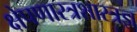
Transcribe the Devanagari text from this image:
क्षेपणास्त्रशास्त्रज्ञ